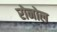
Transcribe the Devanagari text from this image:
रोनोल